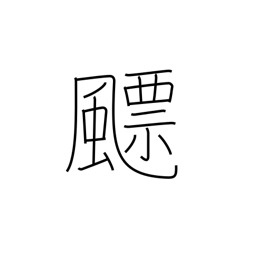
Meaning: cyclone